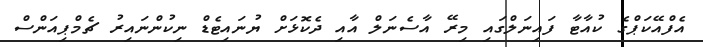
އެފްއޭކަޕްގެ ކުއާޓާ ފައިނަލްގައި މިރޭ އާސެނަލް އާއި ދެކޮޅަށް ޔުނައިޓެޑް ނިކުންނައިރު ޗެމްޕިއަންސް